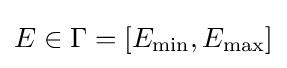
E\in \Gamma =[E_{\min },E_{\max }]